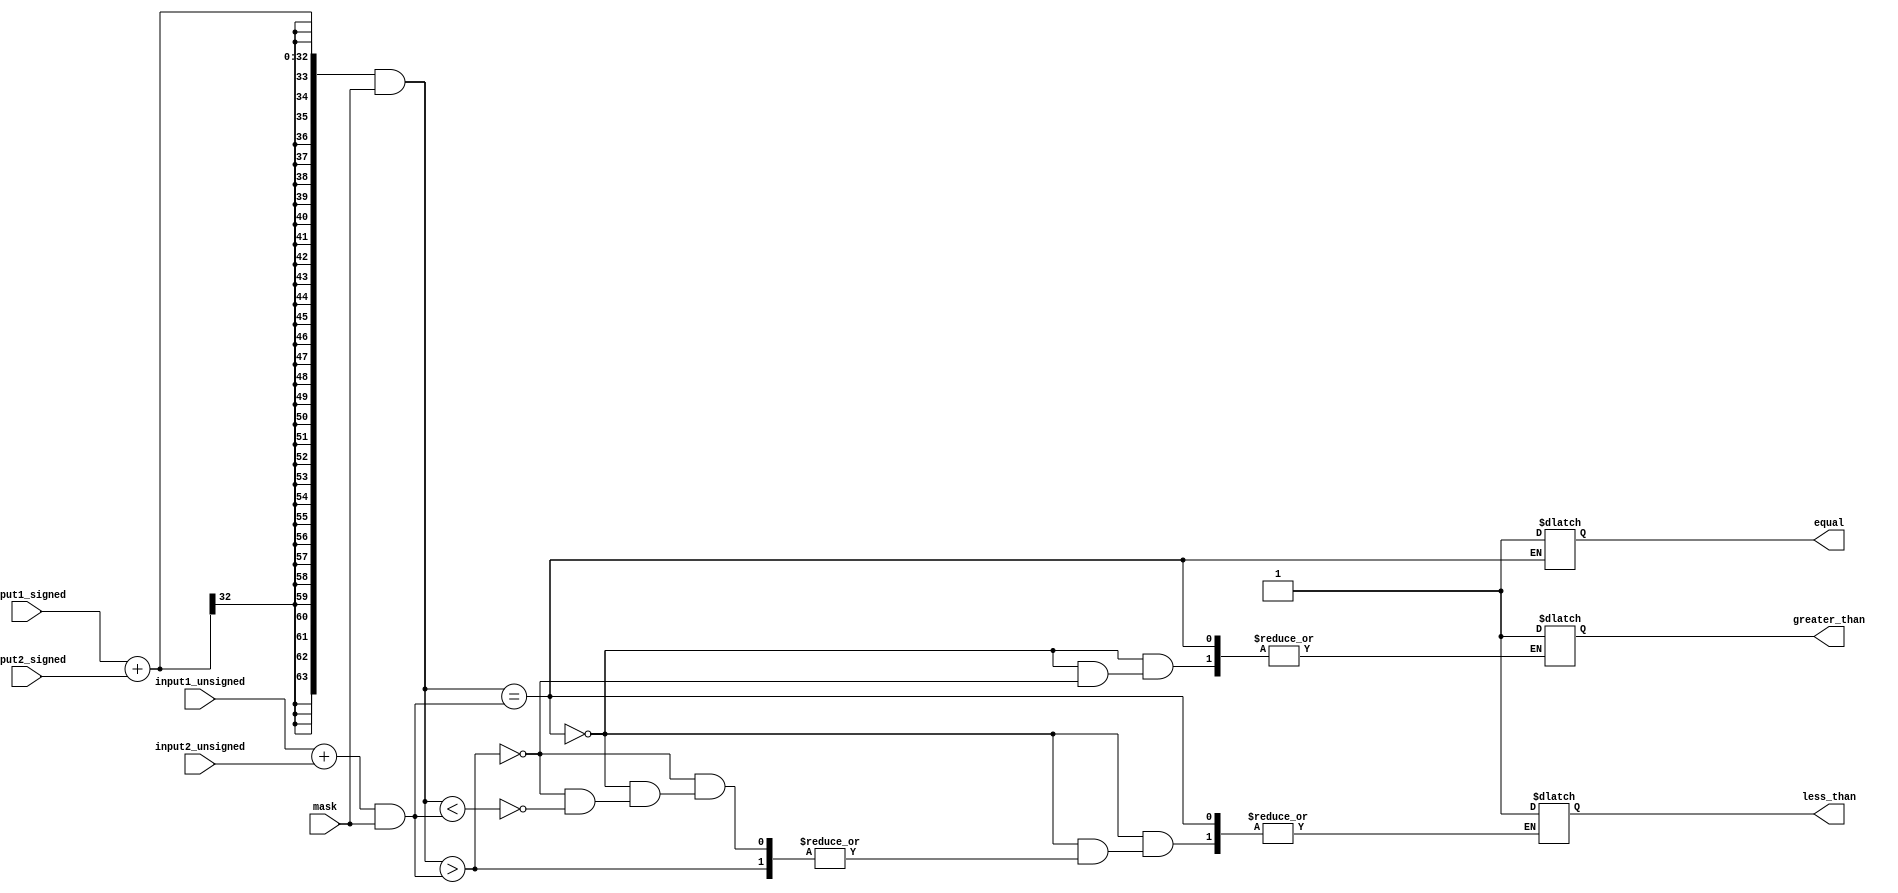
module masked_comparator (
    input signed [31:0] input1_signed,
    input signed [31:0] input2_signed,
    input [31:0] input1_unsigned,
    input [31:0] input2_unsigned,
    input [31:0] mask,
    output reg equal,
    output reg greater_than,
    output reg less_than
);

// Arithmetic blocks for addition, subtraction, multiplication, and division
reg [63:0] sum_signed;
reg [63:0] difference_signed;
reg [63:0] product_signed;
reg [63:0] quotient_signed;

reg [63:0] sum_unsigned;
reg [63:0] difference_unsigned;
reg [63:0] product_unsigned;
reg [63:0] quotient_unsigned;

// Adder for signed inputs
always @ (*) begin
    sum_signed = input1_signed + input2_signed;
    difference_signed = input1_signed - input2_signed;
    product_signed = input1_signed * input2_signed;
    quotient_signed = input1_signed / input2_signed;
end

// Adder for unsigned inputs
always @ (*) begin
    sum_unsigned = input1_unsigned + input2_unsigned;
    difference_unsigned = input1_unsigned - input2_unsigned;
    product_unsigned = input1_unsigned * input2_unsigned;
    quotient_unsigned = input1_unsigned / input2_unsigned;
end

// Comparator logic
always @ (*) begin
    if((sum_signed & mask) == (sum_unsigned & mask))
        equal = 1;
    else if((sum_signed & mask) > (sum_unsigned & mask))
        greater_than = 1;
    else if((sum_signed & mask) < (sum_unsigned & mask))
        less_than = 1;
end

endmodule